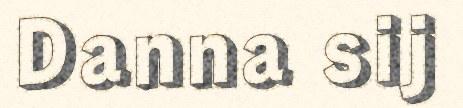
Danna sij